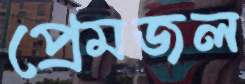
প্রেমজল